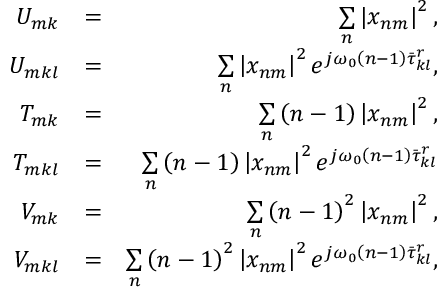
\begin{array} { r l r } { U _ { m k } } & { = } & { \underset { n } { \sum } \left| x _ { n m } \right| ^ { 2 } , } \\ { U _ { m k l } } & { = } & { \underset { n } { \sum } \left| x _ { n m } \right| ^ { 2 } e ^ { j \omega _ { 0 } \left( n - 1 \right) \bar { \tau } _ { k l } ^ { r } } , } \\ { T _ { m k } } & { = } & { \underset { n } { \sum } \left( n - 1 \right) \left| x _ { n m } \right| ^ { 2 } , } \\ { T _ { m k l } } & { = } & { \underset { n } { \sum } \left( n - 1 \right) \left| x _ { n m } \right| ^ { 2 } e ^ { j \omega _ { 0 } \left( n - 1 \right) \bar { \tau } _ { k l } ^ { r } } } \\ { V _ { m k } } & { = } & { \underset { n } { \sum } \left( n - 1 \right) ^ { 2 } \left| x _ { n m } \right| ^ { 2 } , } \\ { V _ { m k l } } & { = } & { \underset { n } { \sum } \left( n - 1 \right) ^ { 2 } \left| x _ { n m } \right| ^ { 2 } e ^ { j \omega _ { 0 } \left( n - 1 \right) \bar { \tau } _ { k l } ^ { r } } , } \end{array}